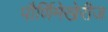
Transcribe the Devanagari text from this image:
पौर्णिमेखेरीज